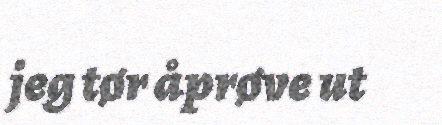
jeg tør åprøve ut